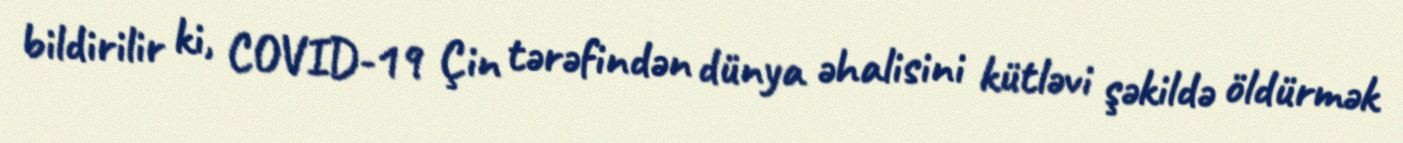
bildirilir ki, COVID-19 Çin tərəfindən dünya əhalisini kütləvi şəkildə öldürmək